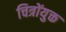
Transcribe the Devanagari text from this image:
चित्रोंयुक्त